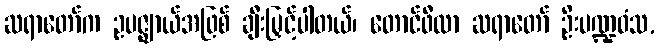
ဆရာတော်က ဥပဇ္ဈာယ်အဖြစ် ချီးမြှင့်ပါတယ်၊ တောင်ဖီလာ ဆရာတော် ဦးပဏ္ဍဝံသ,